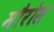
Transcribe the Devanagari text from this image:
मौरोस